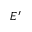
E ^ { \prime }